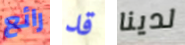
رائع قد لدينا